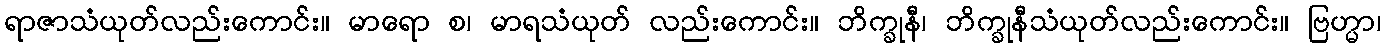
ရာဇာသံယုတ်လည်းကောင်း။ မာရော စ၊ မာရသံယုတ် လည်းကောင်း။ ဘိက္ခုနီ၊ ဘိက္ခုနီသံယုတ်လည်းကောင်း။ ဗြဟ္မာ၊